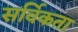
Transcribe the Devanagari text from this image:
सर्विकता